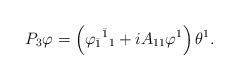
LaTeX: \begin{align*}P_3\varphi = \left(\varphi_{\bar1}{}^{\bar1}{}_1 + iA_{11}\varphi^1\right)\theta^1 .\end{align*}